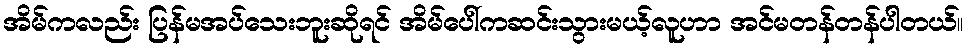
အိမ်ကလည်း ပြန်မအပ်သေးဘူးဆိုရင် အိမ်ပေါ်ကဆင်းသွားမယ့်လူဟာ အင်မတန်တန်ပါတယ်။